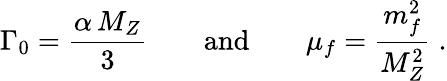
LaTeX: \Gamma_{0}=\frac{\alpha\, M_{Z}}{3}\qquad\mathrm{and}\qquad\mu_{f}=\frac{m_{f}^{2}}{M_{Z}^{2}}\; .